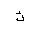
Letter: _kaf